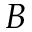
B